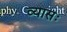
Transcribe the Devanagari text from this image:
व्यासः